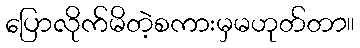
ပြောလိုက်မိတဲ့စကားမှမဟုတ်တာ။